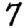
Digit: 7